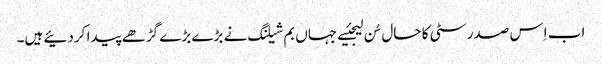
اب اِس صدر سٹی کا حال سُن لیجئیے جہاں بم شیلنگ نے بڑے بڑے گڑھے پیدا کردئیے ہیں۔